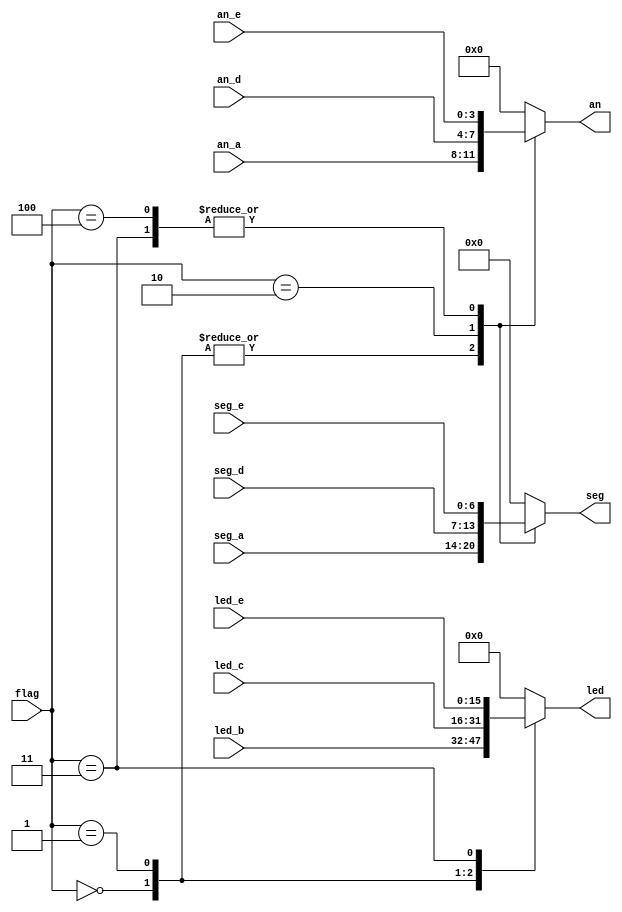
`timescale 1ns / 1ps
//////////////////////////////////////////////////////////////////////////////////
// Company: 
// Engineer: 
// 
// Design Name: 
// Module Name: multiplexer
// Project Name: 
// Target Devices: 
// Tool Versions: 
// Description: 
// 
// Dependencies: 
// 
// Revision:
// Revision 0.01 - File Created
// Additional Comments:
// 
//////////////////////////////////////////////////////////////////////////////////


module multiplexer(
    input [2:0] flag,
    input [3:0] an_a, an_d, an_e,
    input [6:0] seg_a, seg_d, seg_e,
    input [15:0] led_b, led_c, led_e,
    output  reg [3:0] an, 
    output  reg [6:0] seg,
    output reg [15:0] led
    );
    
    initial begin
        an = ~4'b0;
        seg = ~7'b0;
        led = 0;
    end
    always @ (*) begin
        case (flag)
        3'd0: // activation / trail
            begin
                an = an_a;
                seg = seg_a;
                led = led_b;
            end
        3'd1: // countdown
            begin
                an = an_a;
                seg = seg_a;
                led = led_c;
            end
        3'd2: // LOA
            begin
                an = an_d;
                seg = seg_d;
                led = 0;
            end
        3'd3: // QUAR(TZ)(ANTINE)
            begin
                an = an_e;
                seg = seg_e;
                led = led_e;
            end
        3'd4: // DONE
            begin
                an = an_e;
                seg = seg_e;
                led = 0;
            end
        default:
            begin
                an = 0;
                seg = 0;
                led = 0;
            end
        endcase
    end
endmodule